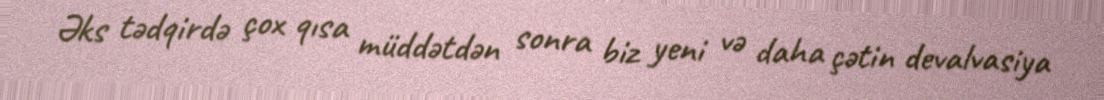
Əks tədqirdə çox qısa müddətdən sonra biz yeni və daha çətin devalvasiya